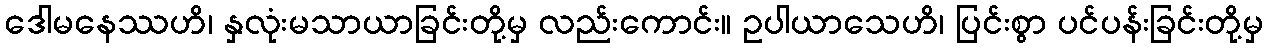
ဒေါမနေဿဟိ၊ နှလုံးမသာယာခြင်းတို့မှ လည်းကောင်း။ ဥပါယာသေဟိ၊ ပြင်းစွာ ပင်ပန်းခြင်းတို့မှ